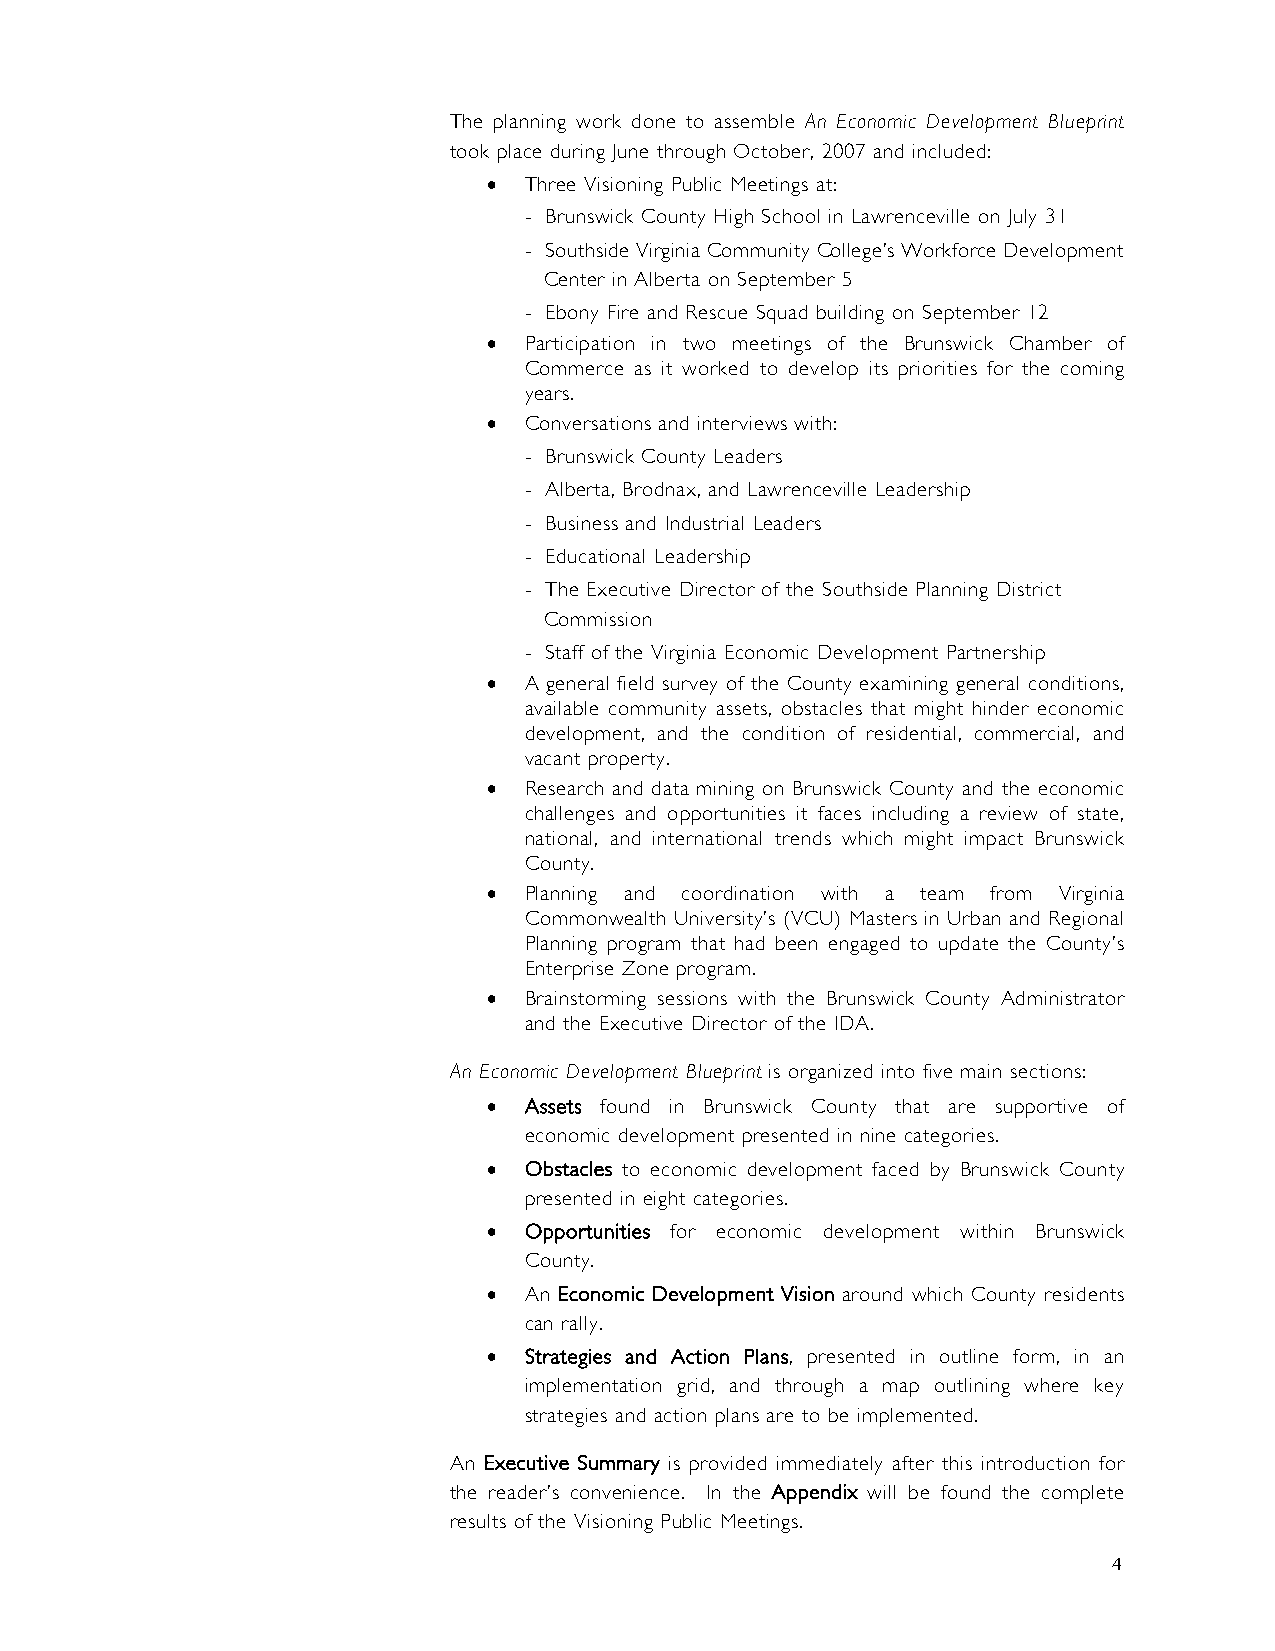
The planning work done to assemble An Economic Development Blueprint
 took place during June through October, 2007 and included:
 •  Three Visioning Public Meetings at:
 - Brunswick County High School in Lawrenceville on July 31
 - Southside Virginia Community College’s Workforce Development
 Center in Alberta on September 5
 - Ebony Fire and Rescue Squad building on September 12
 •  Participation in two meetings of the Brunswick Chamber of
 Commerce as it worked to develop its priorities for the coming
 years.
 •  Conversations and interviews with:
 - Brunswick County Leaders
 - Alberta, Brodnax, and Lawrenceville Leadership
 - Business and Industrial Leaders
 - Educational Leadership
 - The Executive Director of the Southside Planning District
 Commission
 - Staff of the Virginia Economic Development Partnership
 •  A general field survey of the County examining general conditions,
 available community assets, obstacles that might hinder economic
 development, and the condition of residential, commercial, and
 vacant property.
 •  Research and data mining on Brunswick County and the economic
 challenges and opportunities it faces including a review of state,
 national, and international trends which might impact Brunswick
 County.
 •  Planning and coordination with a team from Virginia
 Commonwealth University’s (VCU) Masters in Urban and Regional
 Planning program that had been engaged to update the County’s
 Enterprise Zone program.
 •  Brainstorming sessions with the Brunswick County Administrator
 and the Executive Director of the IDA.
 An Economic Development Blueprint is organized into five main sections:
 •  Assets found in Brunswick County that are supportive of
 economic development presented in nine categories.
 •  Obstacles to economic development faced by Brunswick County
 presented in eight categories.
 •  Opportunities for economic development within Brunswick
 County.
 •  An Economic Development Vision around which County residents
 can rally.
 •  Strategies and Action Plans, presented in outline form, in an
 implementation grid, and through a map outlining where key
 strategies and action plans are to be implemented.
 An Executive Summary is provided immediately after this introduction for
 the reader’s convenience. In the Appendix will be found the complete
 results of the Visioning Public Meetings.
 4